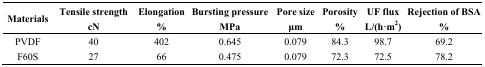
<table><thead><tr><td><b>Materials</b></td><td><b>Tensile strength cN</b></td><td><b>Elongation %</b></td><td><b>Bursting pressure MPa</b></td><td><b>Pore size μm</b></td><td><b>Porosity %</b></td><td><b>UF flux L/(h·m<sup>2</sup>)</b></td><td><b>Rejection of BSA %</b></td></tr></thead><tbody><tr><td>PVDF</td><td>40</td><td>402</td><td>0.645</td><td>0.079</td><td>84.3</td><td>98.7</td><td>69.2</td></tr><tr><td>F60S</td><td>27</td><td>66</td><td>0.475</td><td>0.079</td><td>72.3</td><td>72.5</td><td>78.2</td></tr></tbody></table>